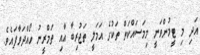
އަދި މި ޓީމުންވަނީ މިމަސައްކަތް ތަކުގެ އަމަލީ ތަޖުރިބާ އާއި ތަމްރީނު ހޯއްދަވާފައެެވެ.